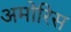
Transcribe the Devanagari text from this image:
अमोरिस